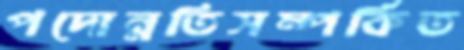
পদোন্নতিসম্পর্কিত